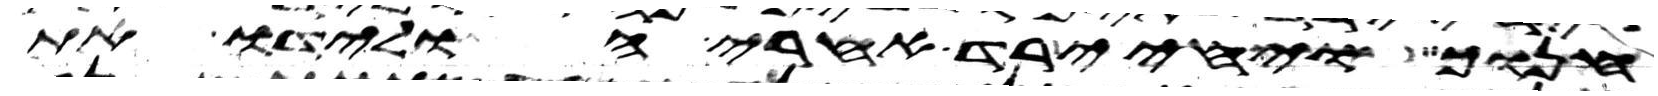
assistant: חנוך ויחי ירד אחרי הולידו את